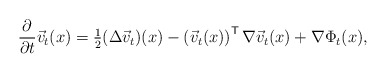
\begin{align*}\frac{\partial}{\partial t} \vec{v}_t(x) = \tfrac12(\Delta \vec{v}_t)(x)- \left(\vec{v}_t(x)\right)^{\sf T}\nabla\vec{v}_t(x)+ \nabla\Phi_t(x),\end{align*}